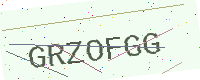
Text: GRZOFGG